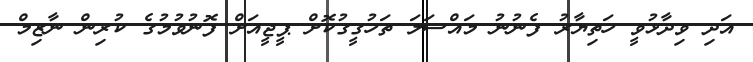
އަދި ވިދާޅުވީ ހަތިޔާރު ފެނުނު މައްސަލަ ތަހުގީގުކޮށް ޕީޖީއަށް ފޮނުވުމުގެ ކުރިން ނާޒިމް